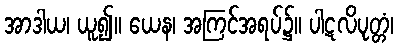
အာဒါယ၊ ယူ၍။ ယေန၊ အကြင်အရပ်၌။ ပါဋလိပုတ္တံ၊